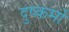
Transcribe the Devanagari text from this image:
दुष्कर्मो